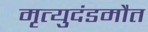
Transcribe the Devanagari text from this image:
मृत्युदंडमौत